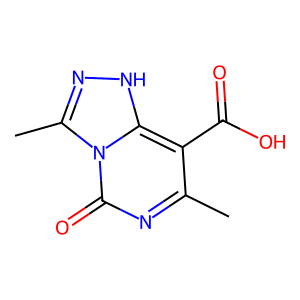
SMILES: Cc1nc(=O)n2c(C)n[nH]c2c1C(=O)O
Inhibits HIV replication: No